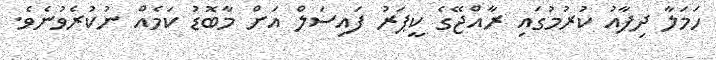
ހަމަލާ ދިފާއު ކުރުމުގައި ރާއްޖޭގެ ކީޕަރު ފައިސަލް އަށް މާބޮޑު ކަމެއް ނުކުރެވުނެވެ.